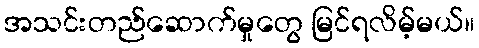
အသင်းတည်ဆောက်မှုတွေ မြင်ရလိမ့်မယ်။